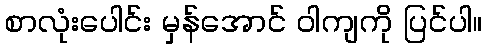
စာလုံးပေါင်း မှန်အောင် ဝါကျကို ပြင်ပါ။